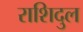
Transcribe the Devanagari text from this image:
राशिदुल